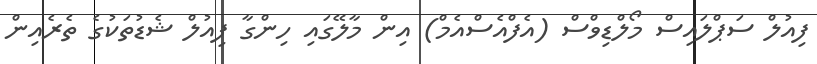
ފިއުލް ސަޕްލައިސް މޯލްޑިވްސް (އެފްއެސްއެމް) އިން މާލޭގައި ހިންގާ ފިއުލް ޝެޑުތަކުގެ ތެރެއިން